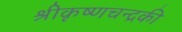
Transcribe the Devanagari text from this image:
श्रीकृष्णचन्द्रकी